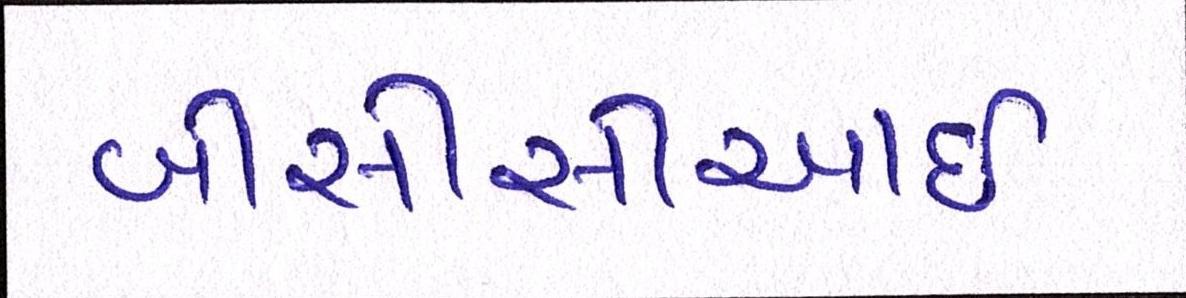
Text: બીસીસીઆઇ